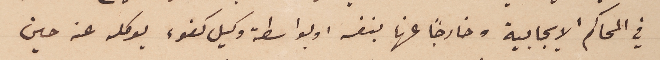
في المحاكم الايجابية وخارجاً عنها بنفسه وبواسطة وكيل كفوء يوكله عنه حين